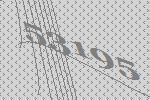
53195